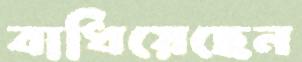
বাধিয়েছেন